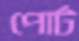
পোর্ট